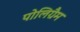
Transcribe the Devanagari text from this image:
पोलिग्रैम